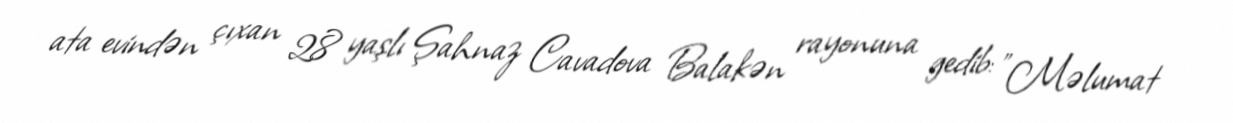
ata evindən çıxan 28 yaşlı Şahnaz Cavadova Balakən rayonuna gedib: "Məlumat